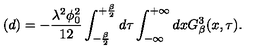
( d ) = - \frac { \lambda ^ { 2 } \phi _ { 0 } ^ { 2 } } { 1 2 } \int _ { - \frac { \beta } { 2 } } ^ { + \frac { \beta } { 2 } } d \tau \int _ { - \infty } ^ { + \infty } d x G _ { \beta } ^ { 3 } ( x , \tau ) .